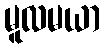
မူလမယာ